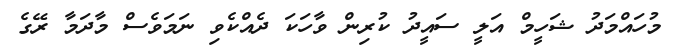
މުހައްމަދު ޝަހީމް އަލީ ސައީދު ކުރިން ވާހަކަ ދެއްކެވި ނަމަވެސް މާދަމާ ރޭގެ